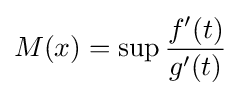
M(x)=\sup {\frac {f'(t)}{g'(t)}}